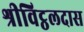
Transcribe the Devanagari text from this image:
श्रीविट्ठलदास